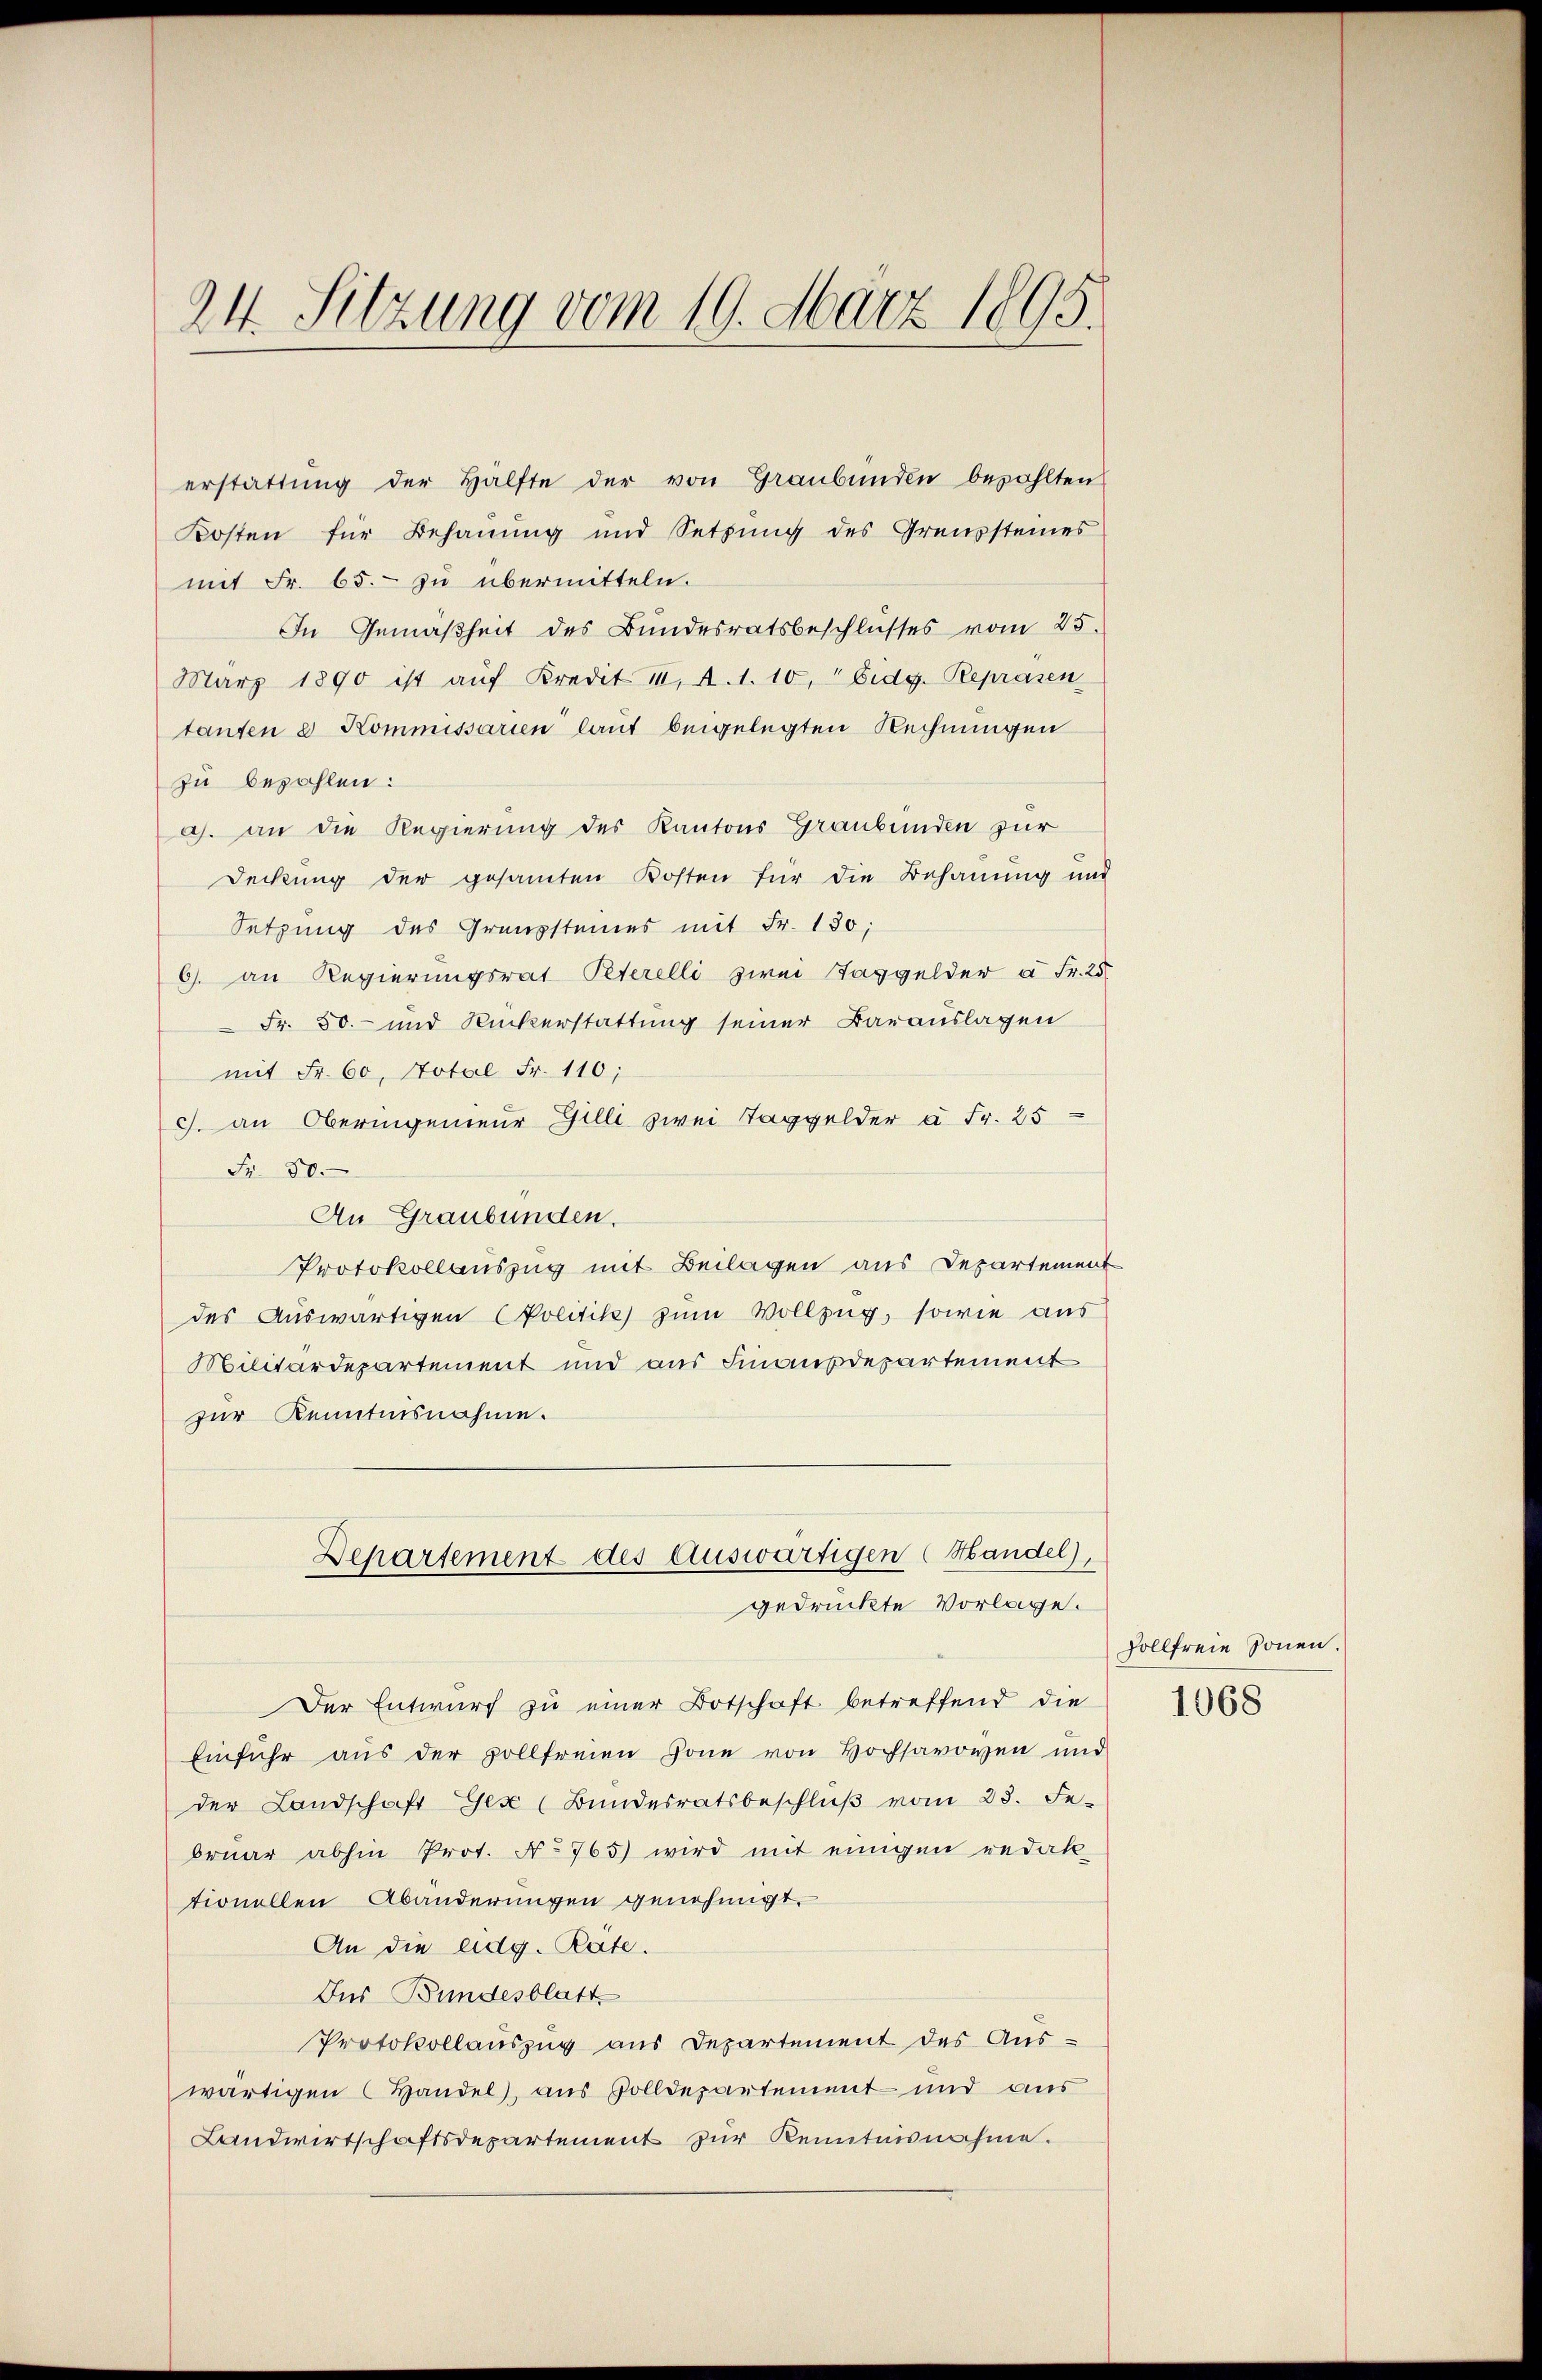
24. Sitzung vom 19. März 1895.

erstattŭng der Hälfte der von Graubünden bezahlten
Kosten für Behauung und Setzung des Grenzsteines
mit Fr. 65. zu übermitteln.
In Gemäßheit des Bundesratsbeschlŭsses vom 25.
März 1890 ist aŭf Kredit III. A. 1. 10, " Eidg. Repräsen
tanten 2 Kommissarien lauf beigelegten Rechnungen
zu bezahlen:
a. an die Regierung des Kantons Graubünden zur
Deckung der gesamten Kosten für die Behauung und
Setzung des Grenzsteines mit Fr. 180;
6. an Regierungsrat Peterelli zwei Taggelder u Fr. 25.
Fr. 50.- und Ruckerstattung seiner Barauslagen
mit Fr. 60, Notal Fr. 110;
J. an Oberingenieur Gilli zwei Taggelder à Fr. 25
Fr. 50.
An Graubünden.
Protokollauszug mit Beilagen aus Departement
des Auswärtigen Politik zum Vollzug, sowie aus
Militärdepartement und aus Finanzdepartement
zur Kenntnisnahme.
Departement des Auswärtigen (Handel),
gedruckte Vorlage.
Der Entwurf zu einer Botschaft betreffend die
Einfuhr aus der zollfreien Zone von Hochsavoyen und
der Landschaft Gex (Bundesratsbeschlŭβ vom 28. Fe
bruar abhin Prot. No 765) wird mit einigen redak-
tionellen Abänderungen genehmigt.
An die eidg. Rate.
Das Bundesblatt
Protokollauszug aus Departement des Aus-
wärtigen (Handel, aus Zolldepartement und aus
Landwirtschaftsdepartement zur Kenntnisnahme.

Hollfreie Sonnen.
1068